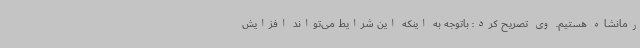
رمانشاه هستیم. وی تصریح کرد: باتوجه به اینکه این شرایط می‌تواند افزایش